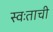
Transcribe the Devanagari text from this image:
स्वःताची